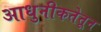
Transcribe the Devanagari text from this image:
आधुनीकतेतून